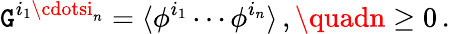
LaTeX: \mathtt{G}^{i_{1}\cdotsi_{n}}=\langle\phi^{i_{1}}\cdots\phi^{i_{n}}\rangle\, ,\quadn\geq0\, .